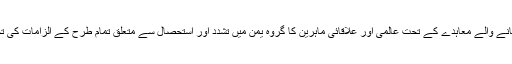
جنیوا میں طے پانے والے معاہدے کے تحت عالمی اور علاقائی ماہرین کا گروہ یمن میں تشدد اور استحصال سے متعلق تمام طرح کے الزامات کی تحقیقات کرے گا۔